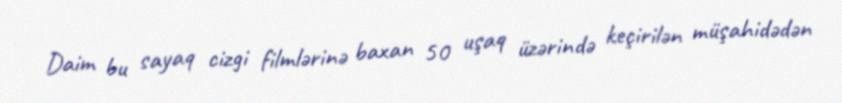
Daim bu sayaq cizgi filmlərinə baxan 50 uşaq üzərində keçirilən müşahidədən